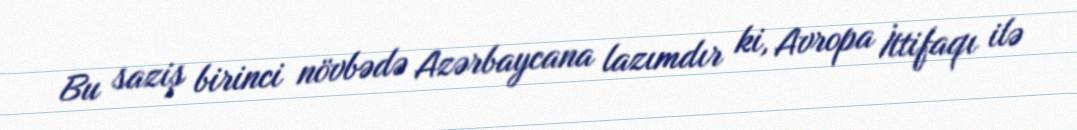
Bu saziş birinci növbədə Azərbaycana lazımdır ki, Avropa İttifaqı ilə